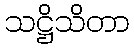
သဋ္ဌိသိတာ